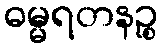
ဓမ္မရတနဉ္စ